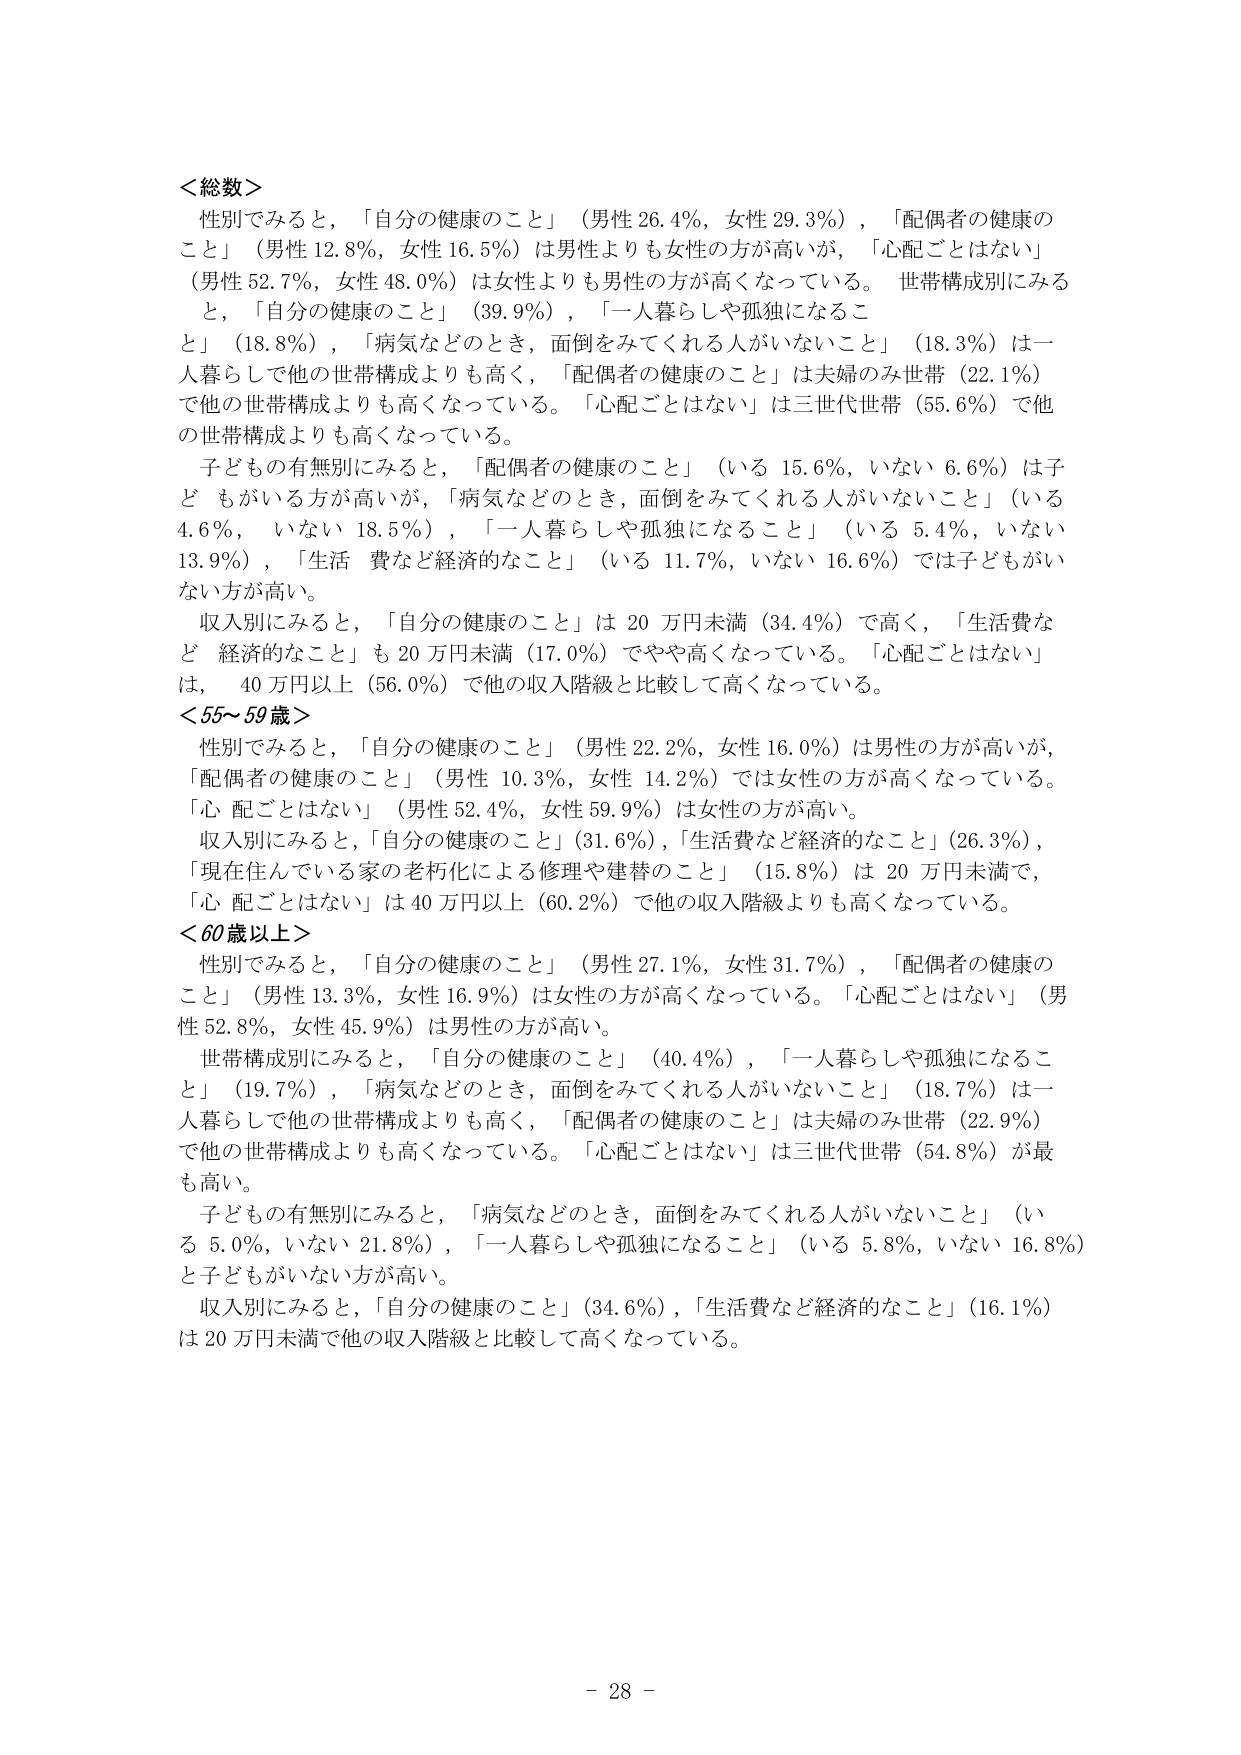
＜総数＞
性別でみると，「自分の健康のこと」（男性 26.4％，女性 29.3％），「配偶者の健康のこと」（男性 12.8％，女性 16.5％）は男性よりも女性の方が高いが，「心配ごとはない」（男性 52.7％，女性 48.0％）は女性よりも男性の方が高くなっている。世帯構成別にみると，「自分の健康のこと」（39.9％），「一人暮らしや孤独になること」（18.8％），「病気などのとき，面倒をみててくれる人がいないこと」（18.3％）は一人暮らしで他の世帯構成よりも高く，「配偶者の健康のこと」は夫婦のみ世帯（22.1％）で他の世帯構成よりも高くなっている。「心配ごとはない」は三世代世帯（55.6％）で他の世帯構成よりも高くなっている。
子どもの有無別にみると，「配偶者の健康のこと」（いる 15.6％，いない 6.6％）は子どもがいる方が高いが，「病気などのとき，面倒をみててくれる人がいないこと」（いる 4.6％，いない 18.5％），「一人暮らしや孤独になること」（いる 5.4％，いない 13.9％），「生活費など経済的なこと」（いる 11.7％，いない 16.6％）では子どもがいない方が高い。
収入別にみると，「自分の健康のこと」は 20 万円未満（34.4％）で高く，「生活費など経済的なこと」も 20 万円未満（17.0％）でやや高くなっている。「心配ごとはない」は，40 万円以上（56.0％）で他の収入階級と比較して高くなっている。
＜55～59 歳＞
性別でみると，「自分の健康のこと」（男性 22.2％，女性 16.0％）は男性の方が高いが，「配偶者の健康のこと」（男性 10.3％，女性 14.2％）では女性の方が高くなっている。「心配ごとはない」（男性 52.4％，女性 59.9％）は女性の方が高い。
収入別にみると，「自分の健康のこと」（31.6％），「生活費など経済的なこと」（26.3％），「現在住んでいる家の老朽化による修理や建替のこと」（15.8％）は 20 万円未満で，「心配ごとはない」は 40 万円以上（60.2％）で他の収入階級よりも高くなっている。
＜60 歳以上＞
性別でみると，「自分の健康のこと」（男性 27.1％，女性 31.7％），「配偶者の健康のこと」（男性 13.3％，女性 16.9％）は女性の方が高くなっている。「心配ごとはない」（男性 52.8％，女性 45.9％）は男性の方が高い。
世帯構成別にみると，「自分の健康のこと」（40.4％），「一人暮らしや孤独になること」（19.7％），「病気などのとき，面倒をみててくれる人がいないこと」（18.7％）は一人暮らしで他の世帯構成よりも高く，「配偶者の健康のこと」は夫婦のみ世帯（22.9％）で他の世帯構成よりも高くなっている。「心配ごとはない」は三世代世帯（54.8％）が最も高い。
子どもの有無別にみると，「病気などのとき，面倒をみててくれる人がいないこと」（いる 5.0％，いない 21.8％），「一人暮らしや孤独になること」（いる 5.8％，いない 16.8％）と子どもがいない方が高い。
収入別にみると，「自分の健康のこと」（34.6％），「生活費など経済的なこと」（16.1％）は 20 万円未満で他の収入階級と比較して高くなっている。
- 28 -